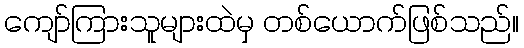
ကျော်ကြားသူများထဲမှ တစ်ယောက်ဖြစ်သည်။